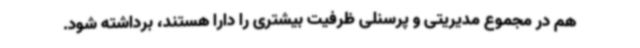
هم در مجموع مدیریتی و پرسنلی ظرفیت بیشتری را دارا هستند، برداشته شود.